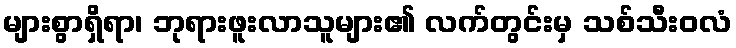
များစွာရှိရာ၊ ဘုရားဖူးလာသူများ၏ လက်တွင်းမှ သစ်သီးဝလံ